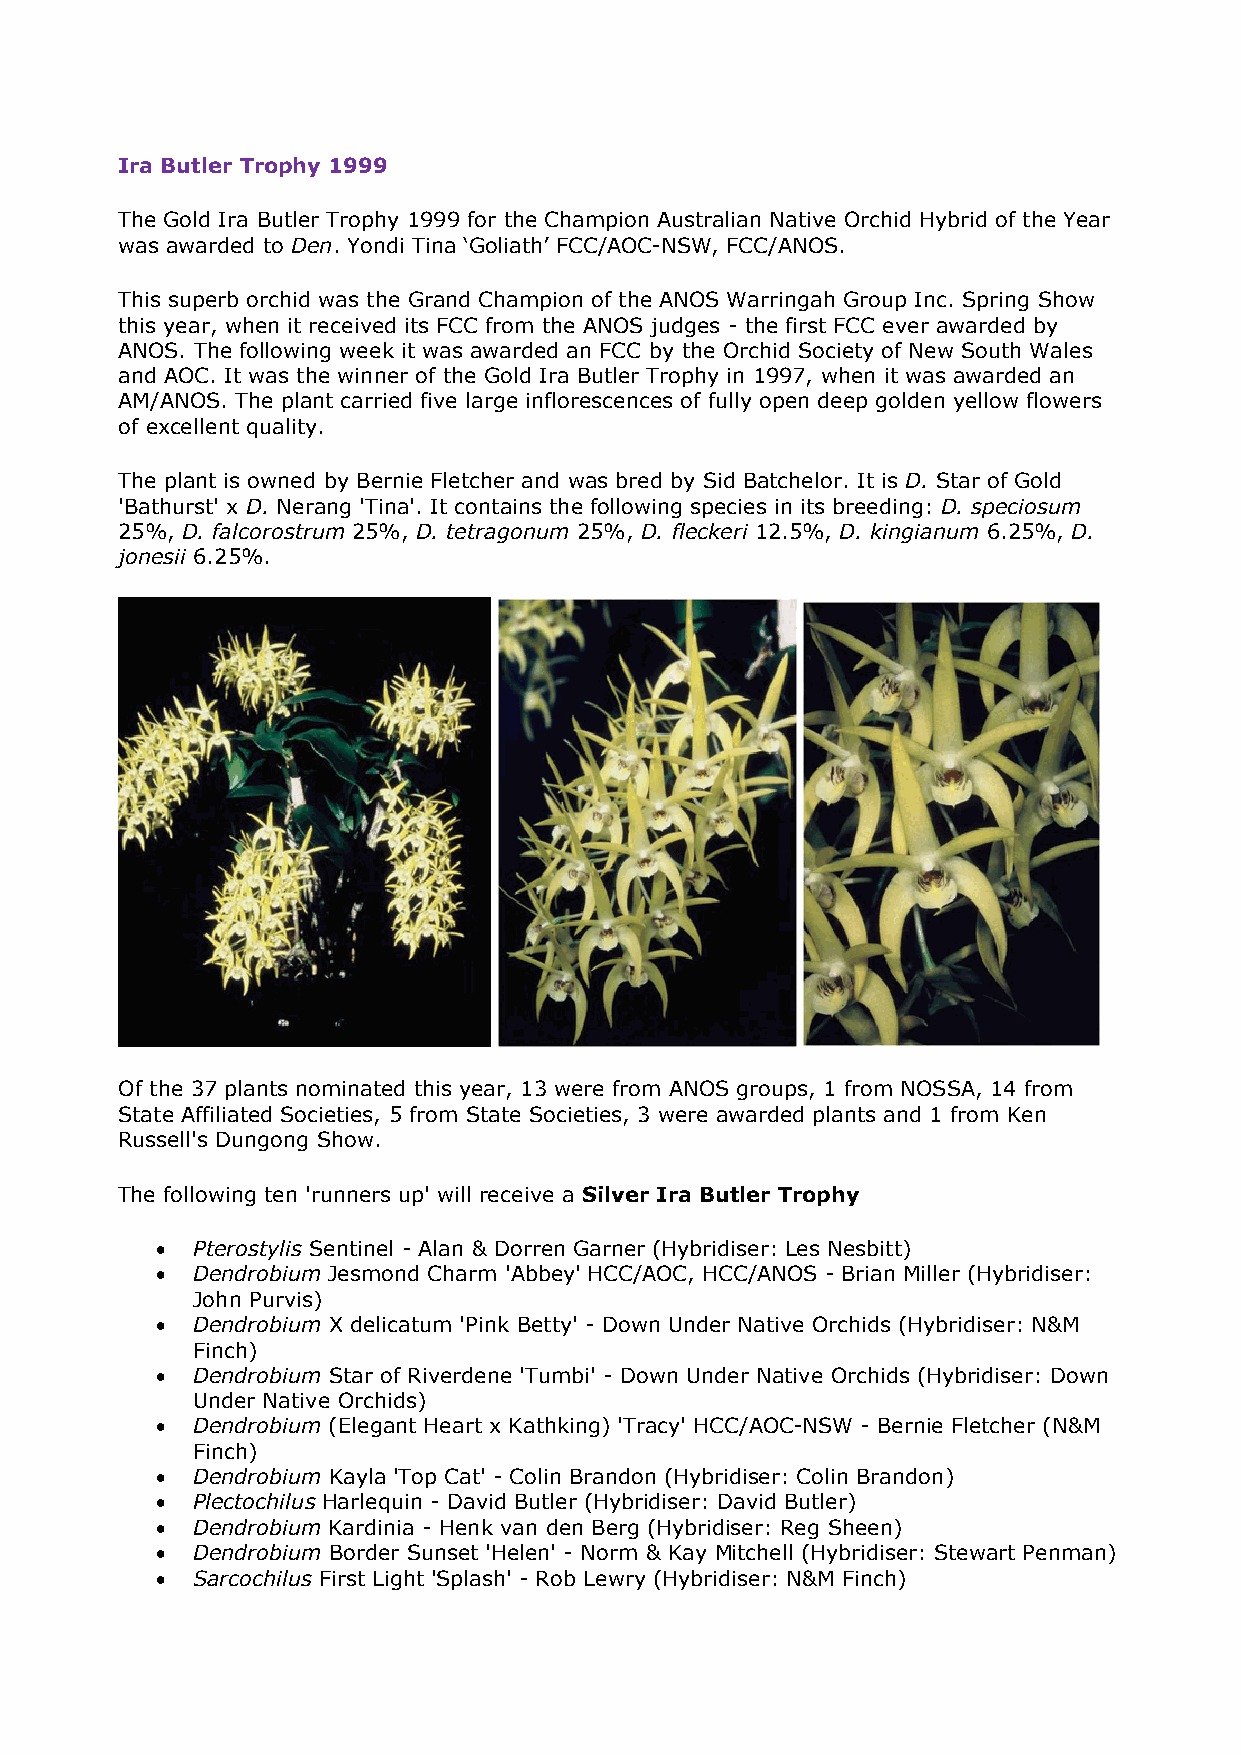
Ira Butler Trophy 1999
 The Gold Ira Butler Trophy 1999 for the Champion Australian Native Orchid Hybrid of the Year
 was awarded to Den. Yondi Tina ‘Goliath’ FCC/AOC-NSW, FCC/ANOS.
 This superb orchid was the Grand Champion of the ANOS Warringah Group Inc. Spring Show
 this year, when it received its FCC from the ANOS judges - the first FCC ever awarded by
 ANOS. The following week it was awarded an FCC by the Orchid Society of New South Wales
 and AOC. It was the winner of the Gold Ira Butler Trophy in 1997, when it was awarded an
 AM/ANOS. The plant carried five large inflorescences of fully open deep golden yellow flowers
 of excellent quality.
 The plant is owned by Bernie Fletcher and was bred by Sid Batchelor. It is D. Star of Gold
 'Bathurst' x D. Nerang 'Tina'. It contains the following species in its breeding: D. speciosum
 25%, D. falcorostrum 25%, D. tetragonum 25%, D. fleckeri 12.5%, D. kingianum 6.25%, D.
 jonesii 6.25%.
 Of the 37 plants nominated this year, 13 were from ANOS groups, 1 from NOSSA, 14 from
 State Affiliated Societies, 5 from State Societies, 3 were awarded plants and 1 from Ken
 Russell's Dungong Show.
 The following ten 'runners up' will receive a Silver Ira Butler Trophy
   Pterostylis Sentinel - Alan & Dorren Garner (Hybridiser: Les Nesbitt)
   Dendrobium Jesmond Charm 'Abbey' HCC/AOC, HCC/ANOS - Brian Miller (Hybridiser:
 John Purvis)
   Dendrobium X delicatum 'Pink Betty' - Down Under Native Orchids (Hybridiser: N&M
 Finch)
   Dendrobium Star of Riverdene 'Tumbi' - Down Under Native Orchids (Hybridiser: Down
 Under Native Orchids)
   Dendrobium (Elegant Heart x Kathking) 'Tracy' HCC/AOC-NSW - Bernie Fletcher (N&M
 Finch)
   Dendrobium Kayla 'Top Cat' - Colin Brandon (Hybridiser: Colin Brandon)
   Plectochilus Harlequin - David Butler (Hybridiser: David Butler)
   Dendrobium Kardinia - Henk van den Berg (Hybridiser: Reg Sheen)
   Dendrobium Border Sunset 'Helen' - Norm & Kay Mitchell (Hybridiser: Stewart Penman)
   Sarcochilus First Light 'Splash' - Rob Lewry (Hybridiser: N&M Finch)